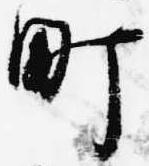
町